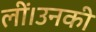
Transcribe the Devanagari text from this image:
लीं।उनकी